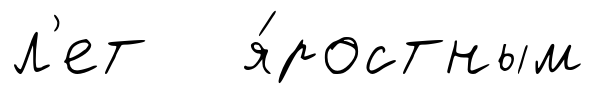
л'ет я́ростным